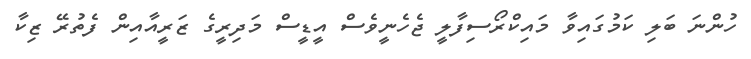
ހުންނަ ބަލި ކަމުގައިވާ މައިކްރޯސިފާލީ ޖެހެނީވެސް އީޑީސް މަދިރީގެ ޒަރީއާއިން ފެތުރޭ ޒިކާ